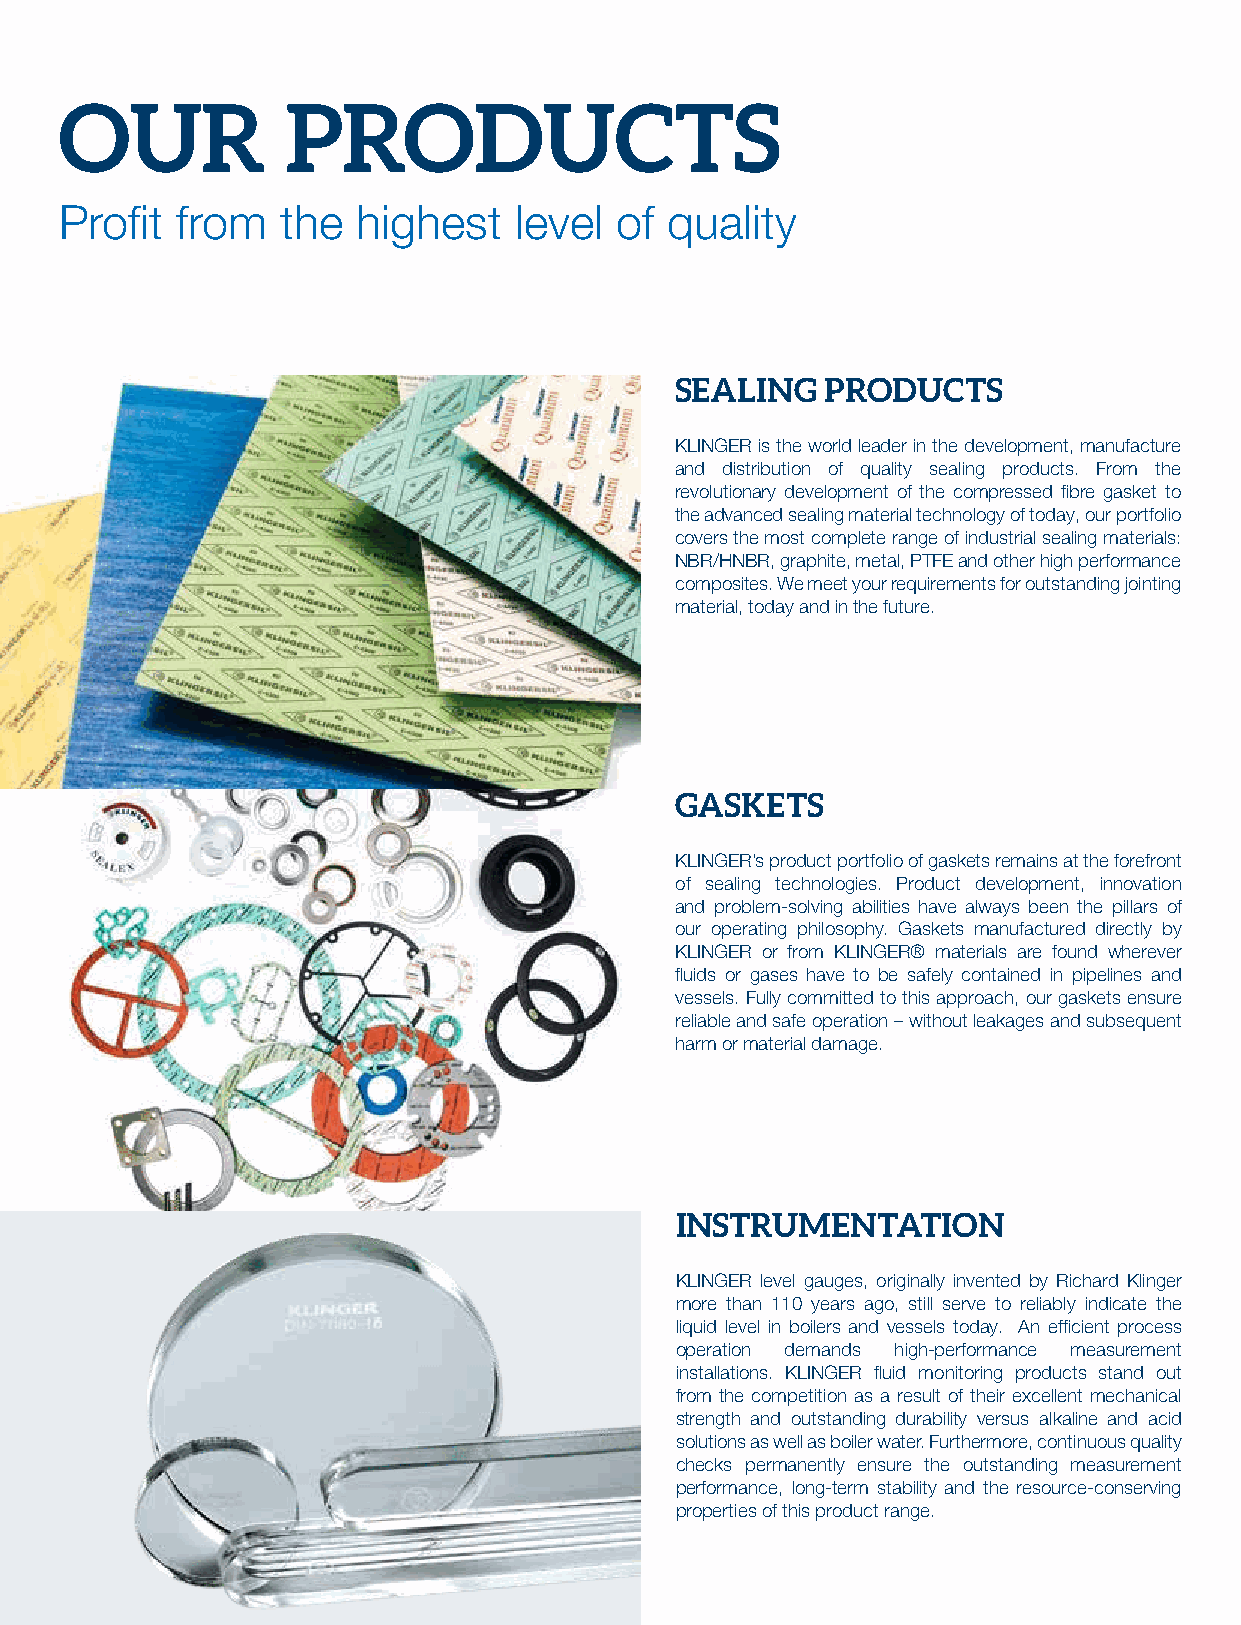
OUR            PRODUCTS
 Profit  from   the  highest   level  of quality
 SEALING   PRODUCTS
 KLINGER is the world leader in the development, manufacture
 and distribution of quality sealing products. From the
 revolutionary development of the compressed fibre gasket to
 the advanced sealing material technology of today, our portfolio
 covers the most complete range of industrial sealing materials:
 NBR/HNBR, graphite, metal, PTFE and other high performance
 composites. We meet your requirements for outstanding jointing
 material, today and in the future.
 GASKETS
 KLINGER’s product portfolio of gaskets remains at the forefront
 of sealing technologies. Product development, innovation
 and problem-solving abilities have always been the pillars of
 our operating philosophy. Gaskets manufactured directly by
 KLINGER or from KLINGER® materials are found wherever
 fluids or gases have to be safely contained in pipelines and
 vessels. Fully committed to this approach, our gaskets ensure
 reliable and safe operation – without leakages and subsequent
 harm or material damage.
 INSTRUMENTATION
 KLINGER level gauges, originally invented by Richard Klinger
 more than 110 years ago, still serve to reliably indicate the
 liquid level in boilers and vessels today. An efficient process
 operation demands high-performance measurement
 installations. KLINGER fluid monitoring products stand out
 from the competition as a result of their excellent mechanical
 strength and outstanding durability versus alkaline and acid
 solutions as well as boiler water. Furthermore, continuous quality
 checks permanently ensure the outstanding measurement
 performance, long-term stability and the resource-conserving
 properties of this product range.